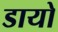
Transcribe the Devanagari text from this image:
डायो